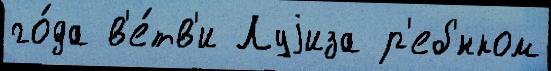
го́да в'е́тв'и Луjиза р'еб'́нком